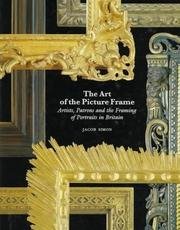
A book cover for The Art of the Picture Frame; Simon Jacob; Crafts, Hobbies & Home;